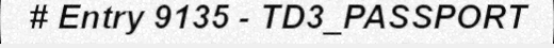
# Entry 9135 - TD3_PASSPORT